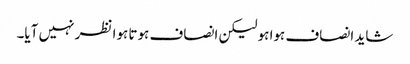
شاید انصاف ہوا ہو لیکن انصاف ہوتا ہوا نظر نہیں آیا۔